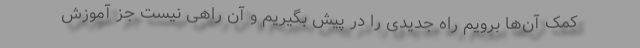
کمک آن‌ها برویم راه جدیدی را در پیش بگیریم و آن راهی نیست جز آموزش